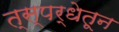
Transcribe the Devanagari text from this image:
त्स्पर्धेतून